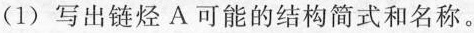
(1)写出链烃A可能的结构简式和名称。